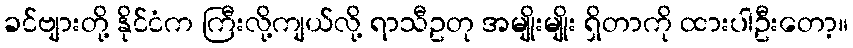
ခင်ဗျားတို့ နိုင်ငံက ကြီးလို့ကျယ်လို့ ရာသီဥတု အမျိုးမျိုး ရှိတာကို ထားပါဦးတော့။